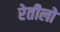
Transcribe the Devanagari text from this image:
रेतीलो